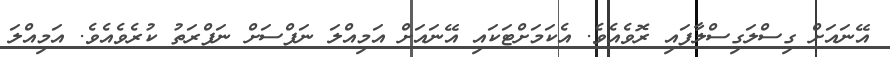
އޭނައަށް ގިސްލަގިސްލާފައި ރޮވެއެވެ. އެކަމަށްޓަކައި އޭނައަށް އަމިއްލަ ނަފްސަށް ނަފްރަތު ކުރެވެއެވެ. އަމިއްލަ